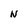
Character: N